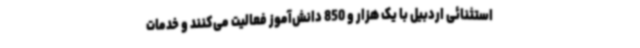
استثنائی اردبیل با یک هزار و 850 دانش‌آموز فعالیت می‌کنند و خدمات